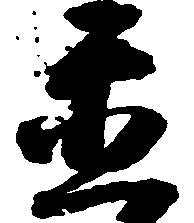
置